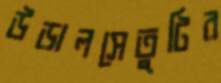
উড়ালসেতুটির